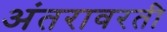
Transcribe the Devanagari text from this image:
अंतरावरती